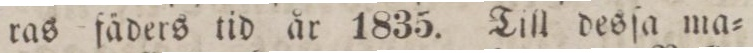
ras fäders tid år 1835. Till desſa ma=